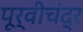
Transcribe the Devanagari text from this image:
पूर्वीचंद्र